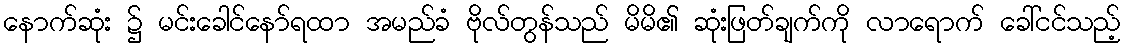
နောက်ဆုံး ၌ မင်းခေါင်နော်ရထာ အမည်ခံ ဗိုလ်တွန်သည် မိမိ၏ ဆုံးဖြတ်ချက်ကို လာရောက် ခေါ်ငင်သည့်